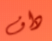
داف